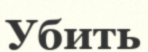
Убить